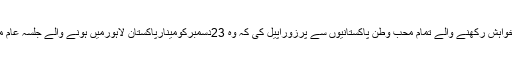
اراکین قومی اسمبلی نے پاکستان میں حقیقی تبدیلی کی خواہش رکھنے والے تمام محب وطن پاکستانیوں سے پرزوراپیل کی کہ وہ 23دسمبرکومینارپاکستان لاہورمیں ہونے والے جلسہ عام میں بھرپورتعدادمیں شرکت کرکے اسے کامیاب بنائیں۔